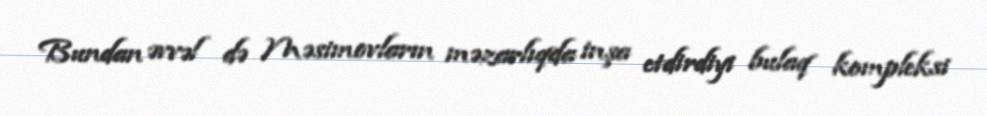
Bundan əvvəl də Məsimovların məzarlıqda inşa etdirdiyi bulaq kompleksi